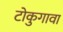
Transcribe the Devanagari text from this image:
टोकुगावा